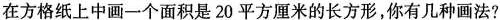
在方格纸上中画一个面积是20平方厘米的长方形，你有几种画法?